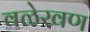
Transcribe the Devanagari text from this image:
वळेखण